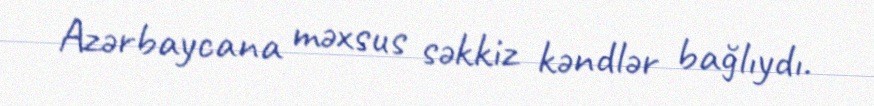
Azərbaycana məxsus səkkiz kəndlər bağlıydı.